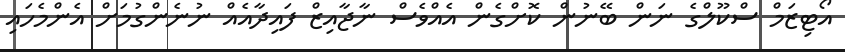
އޯޓިޒަމް ސްކޫލްގެ ނަން ބޭނުން ކޮށްގެން އެއްވެސް ނާޖާއިޒް ފައިދާއެއް ނުނެންގުމަށް އެންމެހައި